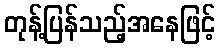
တုန့်ပြန်သည့်အနေဖြင့်